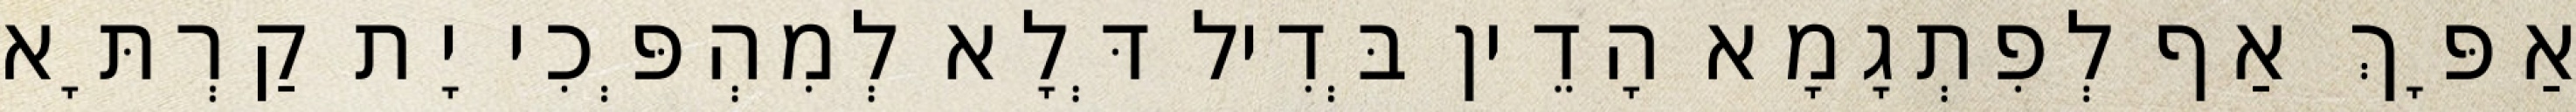
אַפָּךְ אַף לְפִתְגָמָא הָדֵין בְּדִיל דְּלָא לְמִהְפְּכִי יָת קַרְתָּא